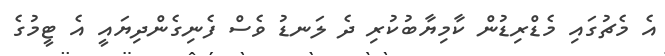
އެ މެޗުގައި މެޑްރިޑުން ކާމިޔާބުކުރި ދެ ލަނޑު ވެސް ފެނިގެންދިޔައީ އެ ޓީމުގެ